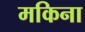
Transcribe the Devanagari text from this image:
मकिना